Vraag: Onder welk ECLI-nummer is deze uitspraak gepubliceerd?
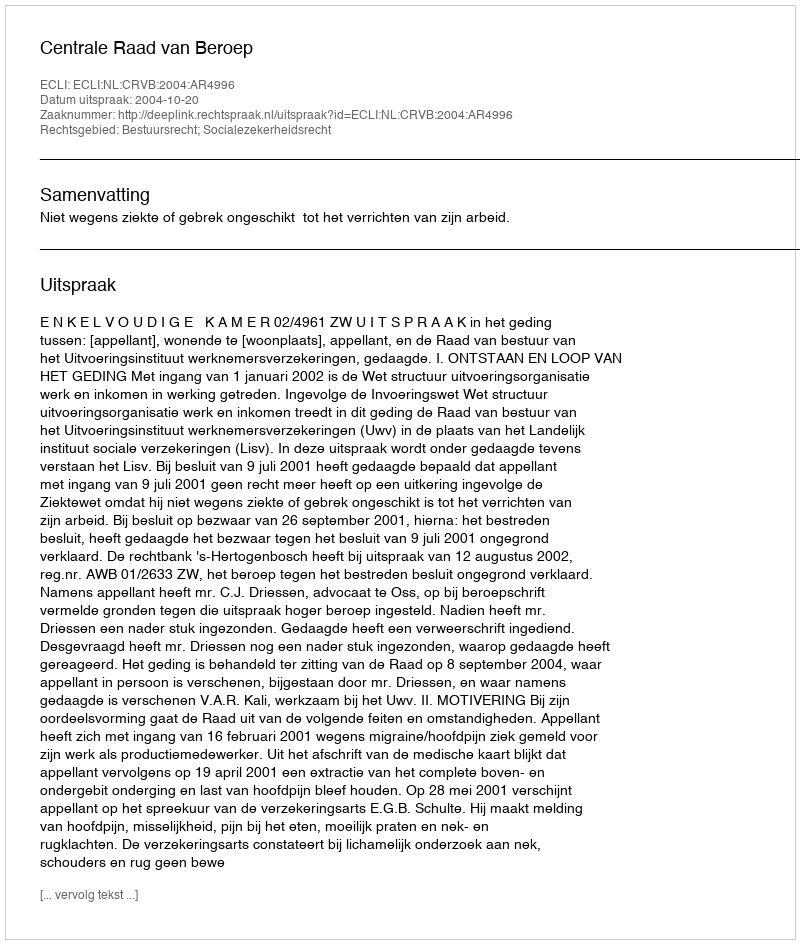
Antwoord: ECLI:NL:CRVB:2004:AR4996